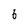
Character: 6